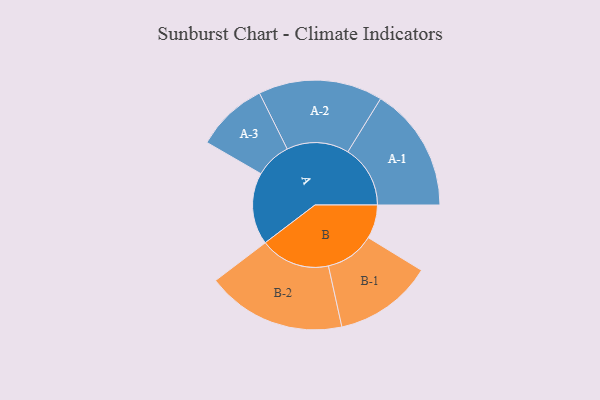
{"axis": {"x": "Segment", "y": "Value"}, "legend": ["", "A", "B"], "data": [{"x": "A", "y": 301, "type": ""}, {"x": "B", "y": 141, "type": ""}, {"x": "A-1", "y": 261, "type": "A"}, {"x": "A-2", "y": 260, "type": "A"}, {"x": "A-3", "y": 150, "type": "A"}, {"x": "B-1", "y": 206, "type": "B"}, {"x": "B-2", "y": 292, "type": "B"}]}